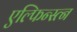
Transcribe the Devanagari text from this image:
एल्फिन्स्त्न